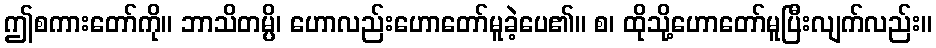
ဤစကားတော်ကို။ ဘာသိတမ္ပိ၊ ဟောလည်းဟောတော်မူခဲ့ပေ၏။ စ၊ ထိုသို့ဟောတော်မူပြီးလျက်လည်း။